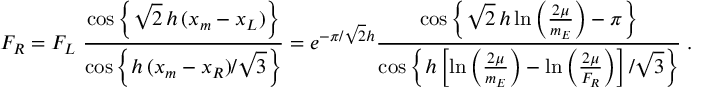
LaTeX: F _ { R } = F _ { L } \, \, \frac { \cos \left\{ \sqrt { 2 } \, h \, ( x _ { m } - x _ { L } ) \right\} } { \cos \left\{ h \, ( x _ { m } - x _ { R } ) / \sqrt { 3 } \right\} } = e ^ { - \pi / \sqrt { 2 } h } \frac { \cos \left\{ \sqrt { 2 } \, h \ln \left( \frac { 2 \mu } { m _ { E } } \right) - \pi \right\} } { \cos \left\{ h \left[ \ln \left( \frac { 2 \mu } { m _ { E } } \right) - \ln \left( \frac { 2 \mu } { F _ { R } } \right) \right] / \sqrt { 3 } \right\} } \; .